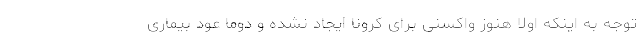
توجه به اینکه اولا هنوز واکسنی برای کرونا ایجاد نشده و دوما عود بیماری